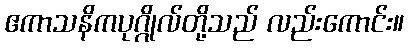
ဧကာသနိကပုဂ္ဂိုလ်တို့သည် လည်းကောင်း။